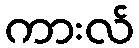
ကားလ်